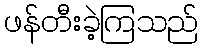
ဖန်တီးခဲ့ကြသည်